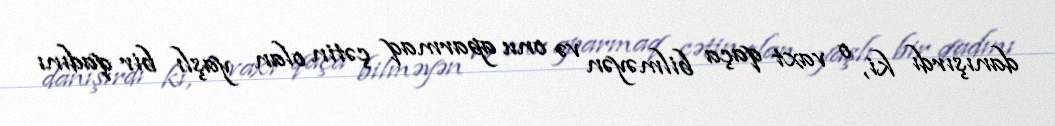
danışırdı ki, o vaxt qaça bilməyən və onu aparmaq çətin olan yaşlı bir qadını